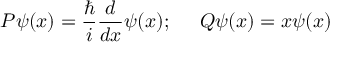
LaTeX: P \psi ( x ) = \frac { \hbar } { i } \frac { d } { d x } \psi ( x ) ; \; \; \; \; \; Q \psi ( x ) = x \psi ( x )